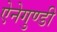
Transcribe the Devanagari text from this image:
ऐनेगुण्डी